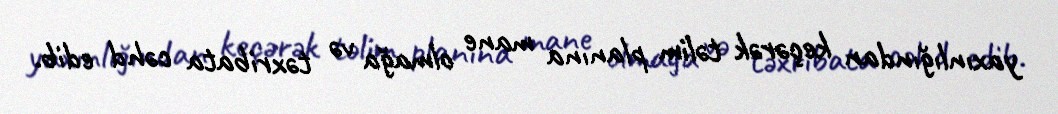
yaxınlığından keçərək təlim planına mane olmağa və təxribata cəhd edib.